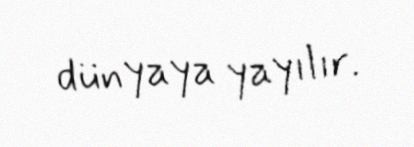
dünyaya yayılır.